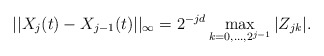
\begin{align*}|| X_j(t)-X_{j-1}(t) ||_{\infty}=2^{-jd} \max_{k=0,...,2^{j-1}} |Z_{jk}|.\end{align*}